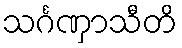
သင်္ဂဏှာသီတိ